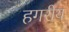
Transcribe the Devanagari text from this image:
हगरीय